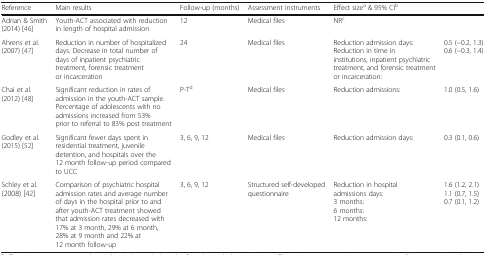
<table><thead><tr><td><b>Reference</b></td><td><b>Main results</b></td><td><b>Follow-up (months)</b></td><td><b>Assessment instruments</b></td><td><b>Effect size<sup>a</sup> &amp; 95% CI<sup>b</sup></b></td><td></td></tr></thead><tbody><tr><td>Adrian &amp; Smith (2014) [46]</td><td>Youth-ACT associated with reduction in length of hospital admission</td><td>12</td><td>Medical files</td><td>NR<sup>c</sup></td><td></td></tr><tr><td>Ahrens et al. (2007) [47]</td><td>Reduction in number of hospitalized days. Decrease in total number of days of inpatient psychiatric treatment, forensic treatment or incarceration</td><td>24</td><td>Medical files</td><td>Reduction admission days:Reduction in time in institutions, inpatient psychiatric treatment, and forensic treatment or incarceration:</td><td>0.5 (−0.2, 1.3)0.6 (−0.3, 1.4)</td></tr><tr><td>Chai et al. (2012) [48]</td><td>Significant reduction in rates of admission in the youth-ACT sample. Percentage of adolescents with no admissions increased from 53% prior to referral to 83% post treatment</td><td>P-T<sup>d</sup></td><td>Medical files</td><td>Reduction admissions:</td><td>1.0 (0.5, 1.6)</td></tr><tr><td>Godley et al. (2015) [52]</td><td>Significant fewer days spent in residential treatment, juvenile detention, and hospitals over the 12 month follow-up period compared to UCC</td><td>3, 6, 9, 12</td><td>Medical files</td><td>Reduction admission days:</td><td>0.3 (0.1, 0.6)</td></tr><tr><td>Schley et al. (2008) [42]</td><td>Comparison of psychiatric hospital admission rates and average number of days in the hospital prior to and after youth-ACT treatment showed that admission rates decreased with 17% at 3 month, 29% at 6 month, 28% at 9 month and 22% at 12 month follow-up</td><td>3, 6, 9, 12</td><td>Structured self-developed questionnaire</td><td>Reduction in hospitaladmissions days:3 months:6 months:12 months:</td><td>1.6 (1.2, 2.1)1.1 (0.7, 1.5)0.7 (0.1, 1.2)</td></tr></tbody></table>